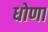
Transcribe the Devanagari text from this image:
धोणा